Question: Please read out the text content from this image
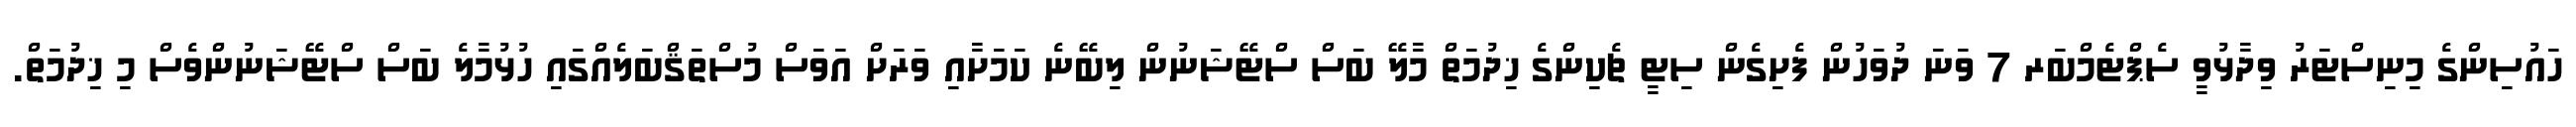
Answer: ހައުސިންގެ މިނިސްޓަރު ވިދާޅުވީ ސެޕްޓެމްބަރ 7 ވަނަ ދުވަހުން ފެށިގެން ސިޓީ ޗެކިންގެ ޚިދުމަތް މާލޭ ބަސް ސްޓޭޝަނުން ލިބޭނެ ކަމަށާއި ވަރަށް އަވަސް މުސްތަޤްބަލެއްގައި ހުޅުމާލެ ބަސް ސްޓޭޝަނުންވެސް މި ޚިދުމަތް.